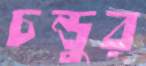
চন্ডুর